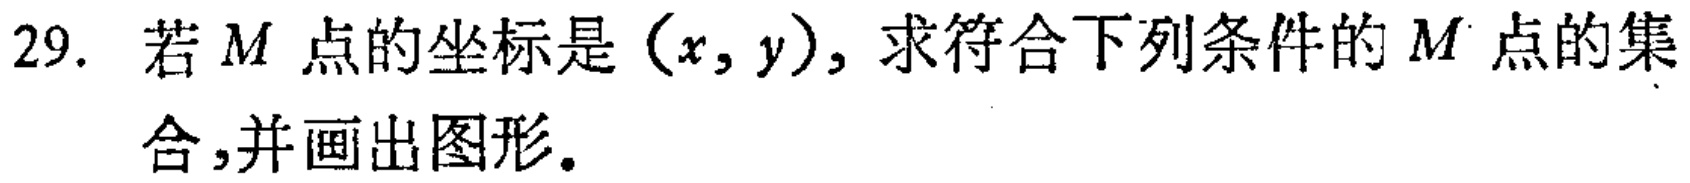
29. 若\(M\)点的坐标是\((x,y)\)，求符合下列条件的\(M\)点的集合,并画出图形。